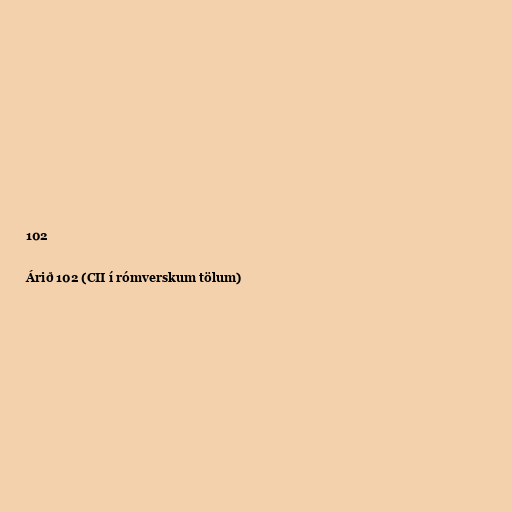
102

Árið 102 (CII í rómverskum tölum)